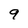
Character: 9